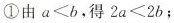
①由$$a < b$$，得$$2 a < 2 b$$；